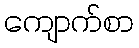
ကျောက်စာ